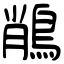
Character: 𪁎